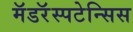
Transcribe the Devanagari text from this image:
मॅडरॅस्पटेन्सिस